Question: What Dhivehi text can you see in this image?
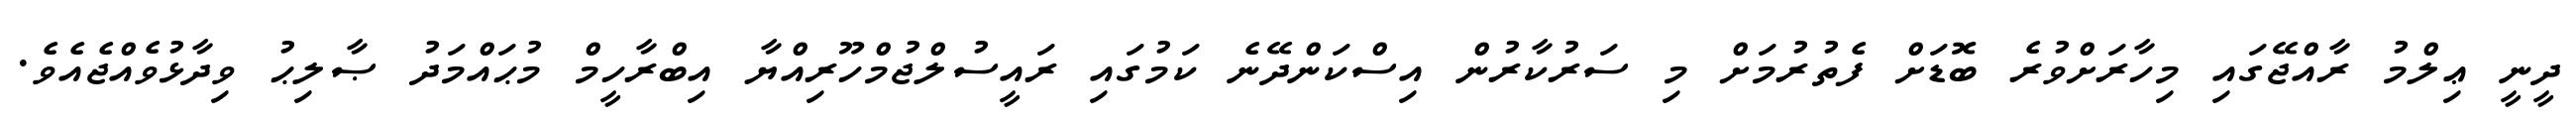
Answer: ދީނީ ޢިލްމު ރާއްޖޭގައި މިހާރަށްވުރެ ބޮޑަށް ފެތުރުމަށް މި ސަރުކާރުން އިސްކަންދޭނެ ކަމުގައި ރައީސުލްޖުމްހޫރިއްޔާ އިބްރާހީމް މުޙައްމަދު ޞާލިޙު ވިދާޅުވެއްޖެއެވެ.